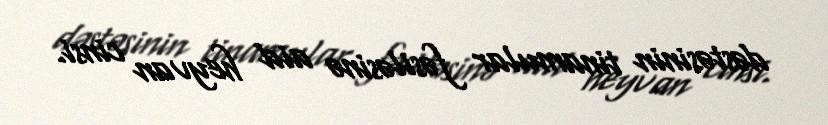
dəstəsinin tinamular fəsiləsinə aid heyvan cinsi.